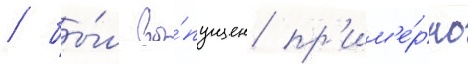
/ бы́л вы́пущен пр'им'е́рно